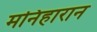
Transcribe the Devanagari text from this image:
मनिहारान